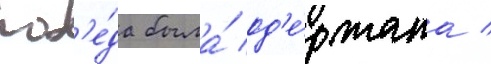
поб'е́да была́ од'е́ржана /